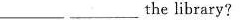
___the library?